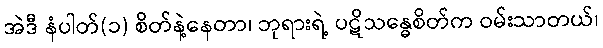
အဲဒီ နံပါတ်(၁) စိတ်နဲ့နေတာ၊ ဘုရားရဲ့ ပဋိသန္ဓေစိတ်က ဝမ်းသာတယ်၊